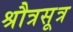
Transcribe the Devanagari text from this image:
श्रौत्रसूत्र